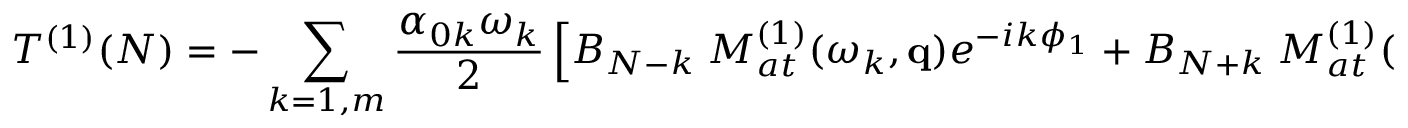
T ^ { ( 1 ) } ( N ) = - \sum _ { k = 1 , m } \frac { \alpha _ { 0 k } \omega _ { k } } { 2 } \left[ B _ { N - k } \; { \cal M } _ { a t } ^ { ( 1 ) } ( \omega _ { k } , \mathbf { q } ) e ^ { - i k \phi _ { 1 } } + B _ { N + k } \; { \cal M } _ { a t } ^ { ( 1 ) } ( - \omega _ { k } , \mathbf { q } ) e ^ { i k \phi _ { 1 } } \right] ,